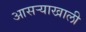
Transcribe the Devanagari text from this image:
आसऱ्याखाली